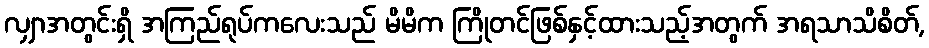
လျှာအတွင်းရှိ အကြည်ရုပ်ကလေးသည် မိမိက ကြိုတင်ဖြစ်နှင့်ထားသည့်အတွက် အရသာသိစိတ်,